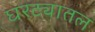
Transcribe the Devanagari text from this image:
घरट्यातल